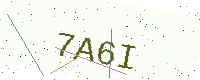
Text: 7A6I